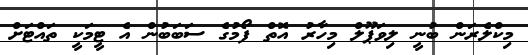
މިކްލެރަން ބުނީ ލިވަޕޫލް މިހާރު އޮތް ފޯމުގެ ސަބަބުން އެ ޓީމަކީ ތައްޓަށް